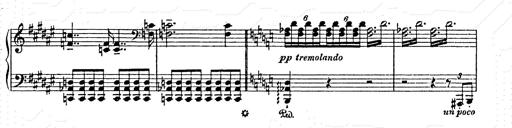
Title: AnnÃ©es de pÃ¨lerinage II
Composer: Franz Liszt